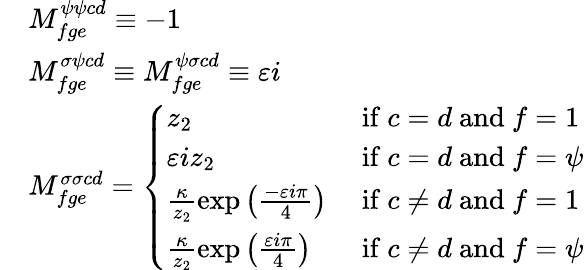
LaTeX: \begin{array}{rl}&{M_{fge}^{\psi\psi cd}\equiv-1}\\ &{M_{fge}^{\sigma\psi cd}\equiv M_{fge}^{\psi\sigma cd}\equiv\varepsilon i}\\ &{M_{fge}^{\sigma\sigma cd}=\left\{ \begin{array}{ll}{z_{2}}&{\mathrm{~if~}c=d\mathrm{~and~}f=1}\\ {\varepsilon iz_{2}}&{\mathrm{~if~}c=d\mathrm{~and~}f=\psi}\\ {\frac{\kappa}{z_{2}}\exp\left(\frac{-\varepsilon i\pi}{4}\right)}&{\mathrm{~if~}c\ne d\mathrm{~and~}f=1}\\ {\frac{\kappa}{z_{2}}\exp\left(\frac{\varepsilon i\pi}{4}\right)}&{\mathrm{~if~}c\ne d\mathrm{~and~}f=\psi}\end{array}\right.}\end{array}